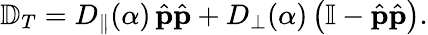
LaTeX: {\mathbb D}_{T}=D_{\parallel}(\alpha)\, \hat{\mathbf p}\hat{\mathbf p}+D_{\perp}(\alpha)\left(\mathbb{I}-\hat{\mathbf p}\hat{\mathbf p}\right).